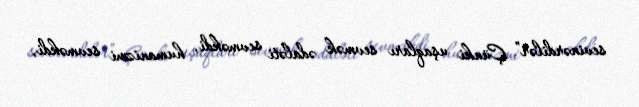
sevinərdilər” Çünki uşaqları sevmək ədaləti sevməkdi, humanizmi sevməkdi,